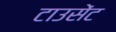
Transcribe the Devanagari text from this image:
टाउसेंट